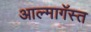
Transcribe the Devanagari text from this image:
आल्मागॅस्त